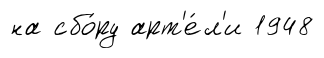
на сбо́ру арт'е́л'и 1948